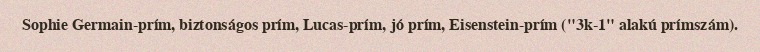
Sophie Germain-prím, biztonságos prím, Lucas-prím, jó prím, Eisenstein-prím ("3k-1" alakú prímszám).